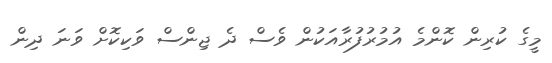
މީގެ ކުރިން ކޮންމެ އުމުރުފުރާއަކުން ވެސް ދެ ޖިންސް ވަކިކޮށް ވަނަ ދިން